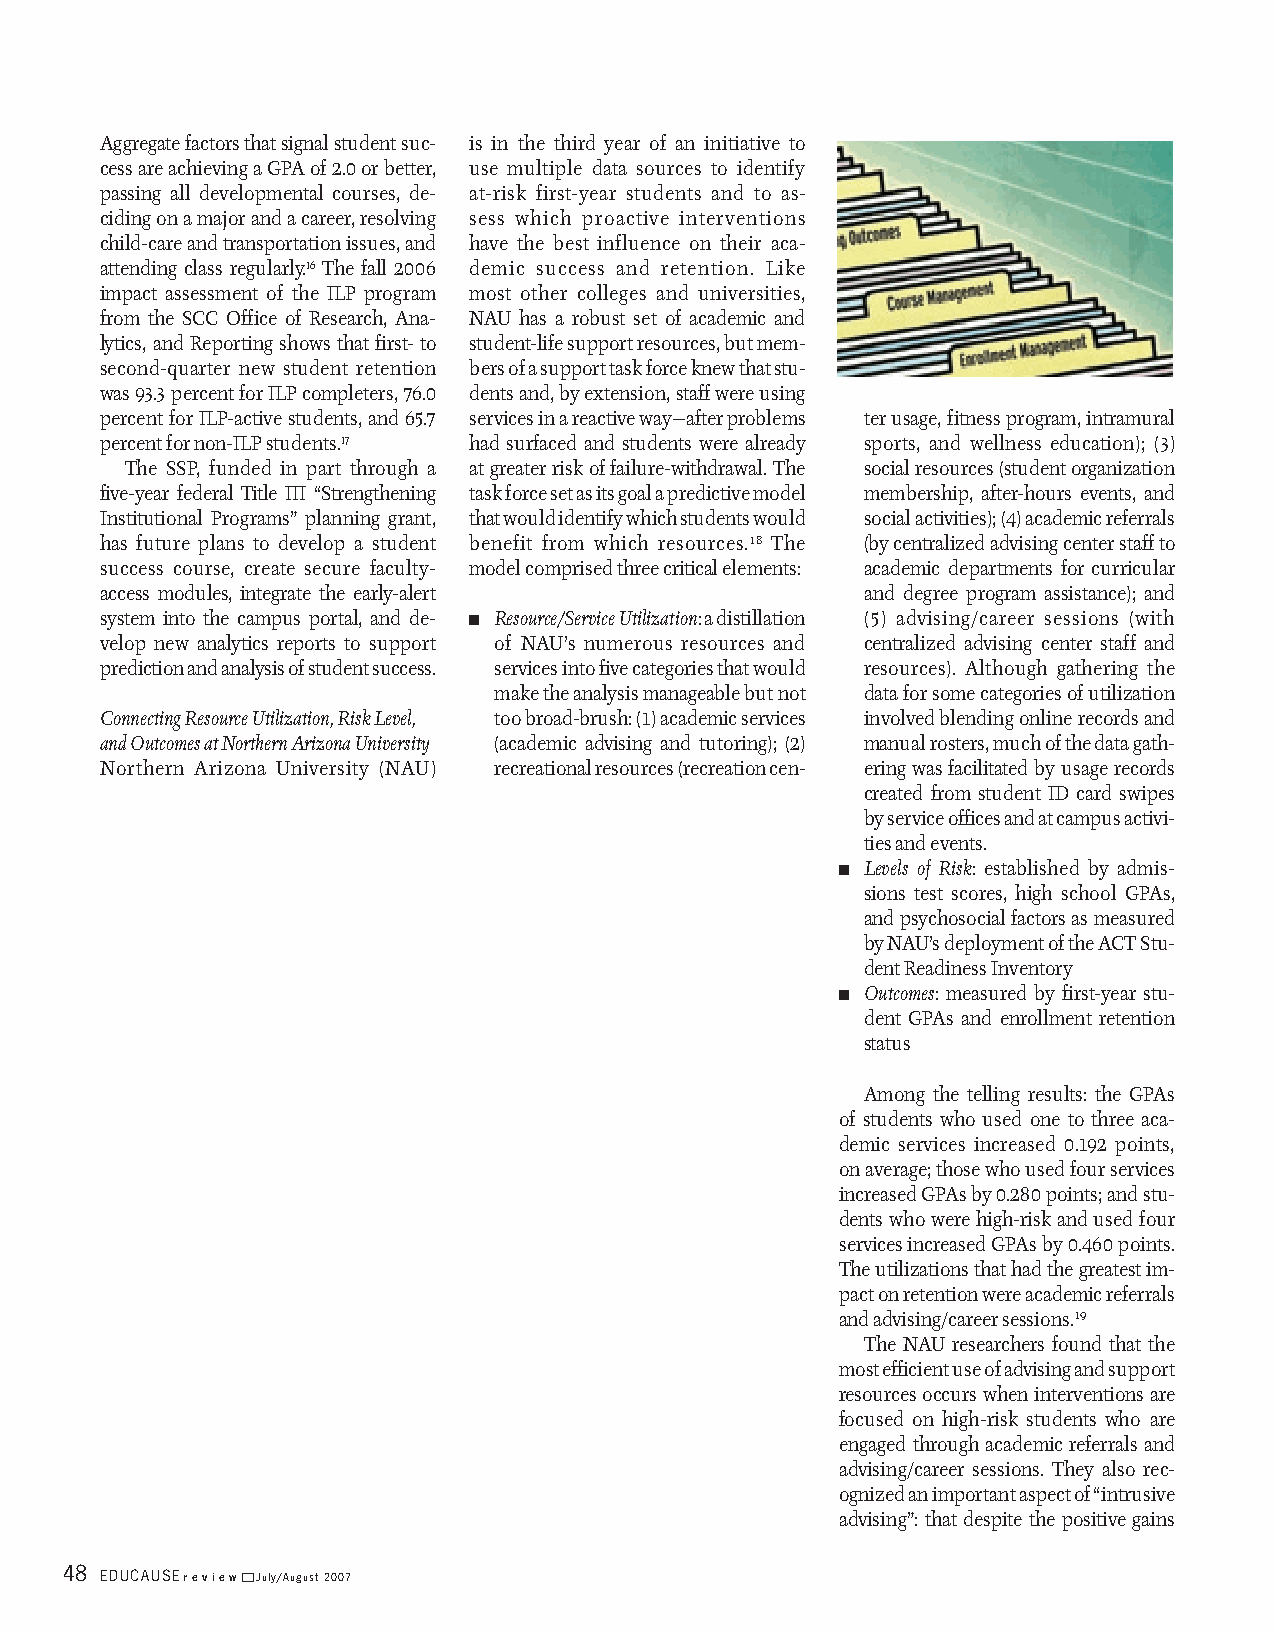
Aggregate factors that signal student suc- is in the third year of an initiative to
 cess are achieving a GPA of 2.0 or better, use multiple data sources to identify
 passing all developmental courses, de- at-risk first-year students and to as-
 ciding on a major and a career, resolving sess which proactive interventions
 child-care and transportation issues, and have the best influence on their aca-
 attending class regularly.16 The fall 2006 demic success and retention. Like
 impact assessment of the ILP program most other colleges and universities,
 from the SCC Office of Research, Ana- NAU has a robust set of academic and
 lytics, and Reporting shows that first- to student-life support resources, but mem-
 second-quarter new student retention bers of a support task force knew that stu-
 was 93.3 percent for ILP completers, 76.0 dents and, by extension, staff were using
 percent for ILP-active students, and 65.7 services in a reactive way—after problems ter usage, fitness program, intramural
 percent for non-ILP students.17 had surfaced and students were already sports, and wellness education); (3)
 The SSP, funded in part through a at greater risk of failure-withdrawal. The social resources (student organization
 five-year federal Title III “Strengthening task force set as its goal a predictive model membership, after-hours events, and
 Institutional Programs” planning grant, that would identify which students would social activities); (4) academic referrals
 has future plans to develop a student benefit from which resources.18 The (by centralized advising center staff to
 success course, create secure faculty- model comprised three critical elements: academic departments for curricular
 access modules, integrate the early-alert         and degree program assistance); and
 system into the campus portal, and de- n Resource/Service Utilization: a distillation (5) advising/career sessions (with
 velop new analytics reports to support of NAU’s numerous resources and centralized advising center staff and
 prediction and analysis of student success. services into five categories that would resources). Although gathering the
 make the analysis manageable but not data for some categories of utilization
 Connecting Resource Utilization, Risk Level, too broad-brush: (1) academic services involved blending online records and
 and Outcomes at Northern Arizona University (academic advising and tutoring); (2) manual rosters, much of the data gath-
 Northern Arizona University (NAU) recreational resources (recreation cen- ering was facilitated by usage records
 created from student ID card swipes
 by service offices and at campus activi-
 ties and events.
 n Levels of Risk: established by admis-
 sions test scores, high school GPAs,
 and psychosocial factors as measured
 by NAU’s deployment of the ACT Stu-
 dent Readiness Inventory
 n Outcomes: measured by first-year stu-
 dent GPAs and enrollment retention
 status
 Among the telling results: the GPAs
 of students who used one to three aca-
 demic services increased 0.192 points,
 on average; those who used four services
 increased GPAs by 0.280 points; and stu-
 dents who were high-risk and used four
 services increased GPAs by 0.460 points.
 The utilizations that had the greatest im-
 pact on retention were academic referrals
 and advising/career sessions.19
 The NAU researchers found that the
 most efficient use of advising and support
 resources occurs when interventions are
 focused on high-risk students who are
 engaged through academic referrals and
 advising/career sessions. They also rec-
 ognized an important aspect of “intrusive
 advising”: that despite the positive gains
 48 EducausEreviewJuly/august 2007